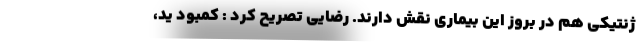
ژنتیکی هم در بروز این بیماری نقش دارند. رضایی تصریح کرد : کمبود یُد،